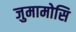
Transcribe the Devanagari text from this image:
जुमामोसि